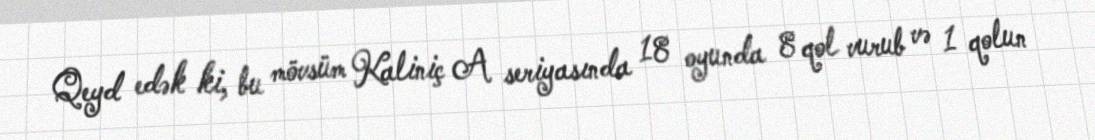
Qeyd edək ki, bu mövsüm Kaliniç A seriyasında 18 oyunda 8 qol vurub və 1 qolun